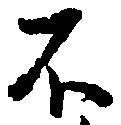
不